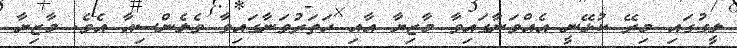
ލީގުގައި މިރޭ ކުޅޭނީ އެއްވަނާގައިވާ މާޒިޔާ އާއި ހަތަރުވަނާގައިވާ ވެލެންސިއާ އެވެ. މާޒިޔާ